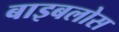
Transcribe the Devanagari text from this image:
बाइबलोस